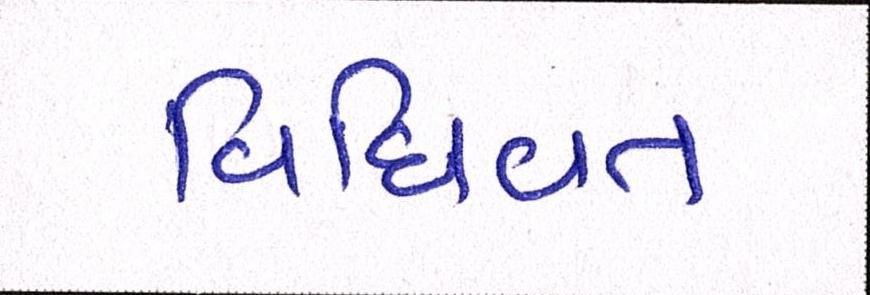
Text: વિધિવત